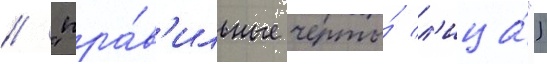
// "пра́в'ильные черты́ л'ица́")